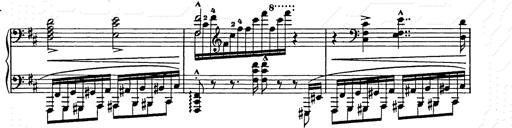
Title: Ballade No.2
Composer: Jan Skrzydlewski
Key: B minor